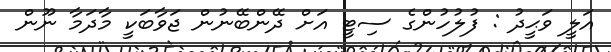
އަލީ ވަޙީދު : ފުލުހުންގެ ސިޓީ އަށް ދޭންބޭނުން ޖަވާބަކީ މާދަމާ ނޫން